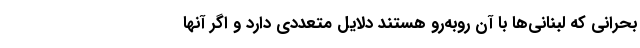
بحرانی که لبنانی‌ها با آن روبه‌رو هستند دلایل متعددی دارد و اگر آنها